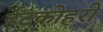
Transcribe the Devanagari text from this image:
ईंटकोहरी